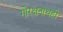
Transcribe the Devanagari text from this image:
गोरक्षनाथही